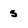
Character: 5